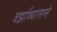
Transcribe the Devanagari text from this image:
वर्झाव्यातले